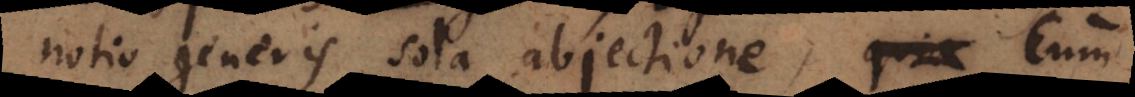
notio generis sola abjectione, quia. Cum